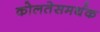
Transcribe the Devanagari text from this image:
कोलतेसमर्थक